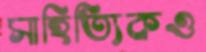
সাহিত্যিকও